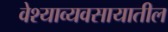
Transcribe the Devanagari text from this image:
वेश्याव्यवसायातील